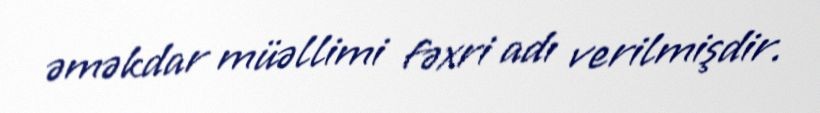
əməkdar müəllimi fəxri adı verilmişdir.